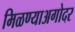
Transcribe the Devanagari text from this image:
मिळण्याअगोदर